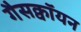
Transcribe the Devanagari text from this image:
गैसक्वॉयन